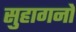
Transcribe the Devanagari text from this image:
सुहागनों